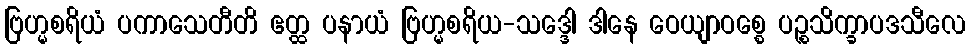
ဗြဟ္မစရိယံ ပကာသေတီတိ ဧတ္ထ ပနာယံ ဗြဟ္မစရိယ-သဒ္ဒေါ ဒါနေ ဝေယျာဝစ္စေ ပဉ္စသိက္ခာပဒသီလေ